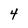
Character: 4